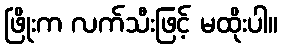
ဖြိုးက လက်သီးဖြင့် မထိုးပါ။